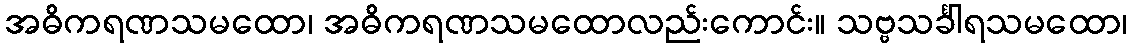
အဓိကရဏသမထော၊ အဓိကရဏသမထောလည်းကောင်း။ သဗ္ဗသင်္ခါရသမထော၊